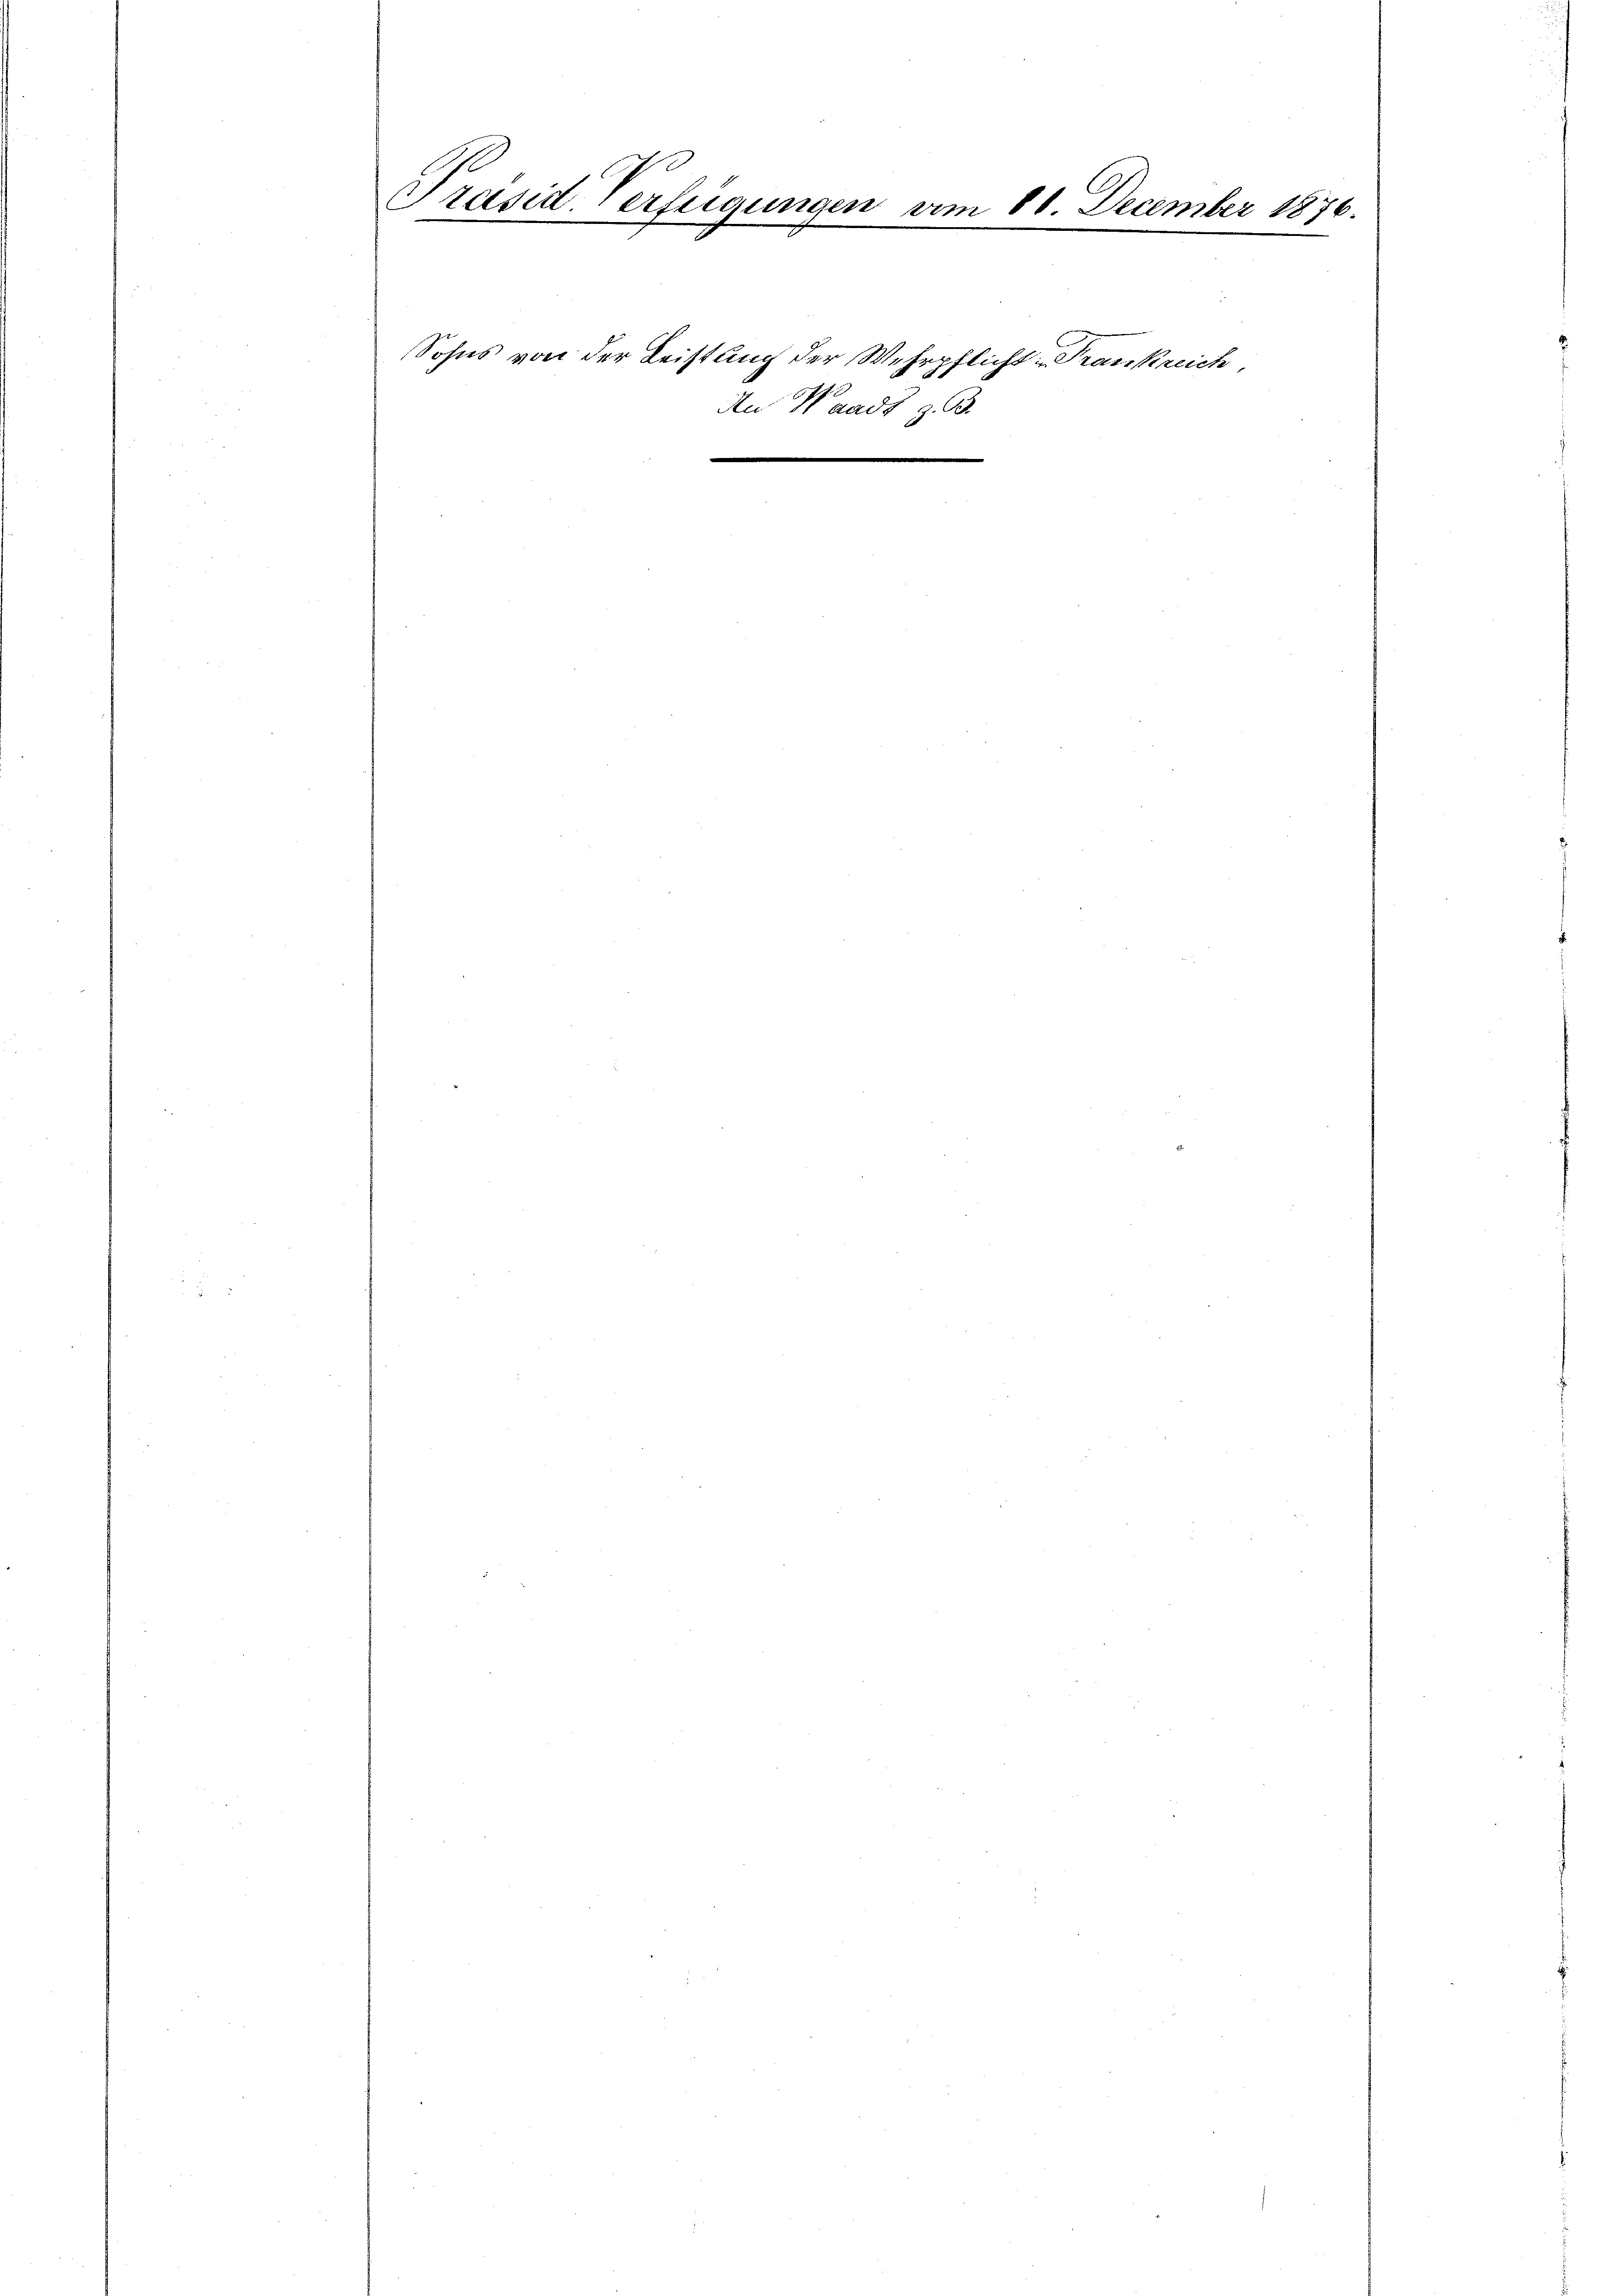
Präsid. Verfügungen vom 80. December 1876.

Sohns von der Leistung der Wehrpflicht - Trankreich,
14
An Waadt
63